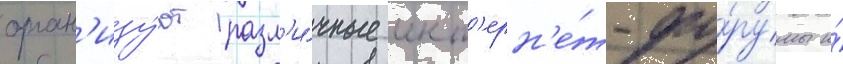
орган'изу́ют разл'и́чные инт'ерн'е́т-фо́румы и́